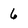
Character: 6